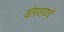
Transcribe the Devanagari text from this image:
थोपवायचे